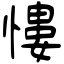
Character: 慺